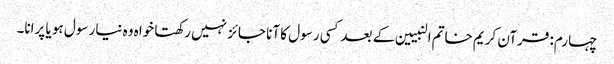
چہارم: قرآن کریم خاتم النبیین کے بعدکسی رسول کا آنا جائز نہیں رکھتا خواہ وہ نیا رسول ہو یا پرانا۔